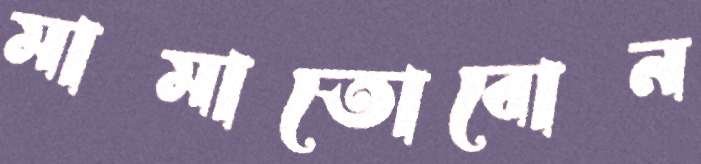
মামাতোবোন